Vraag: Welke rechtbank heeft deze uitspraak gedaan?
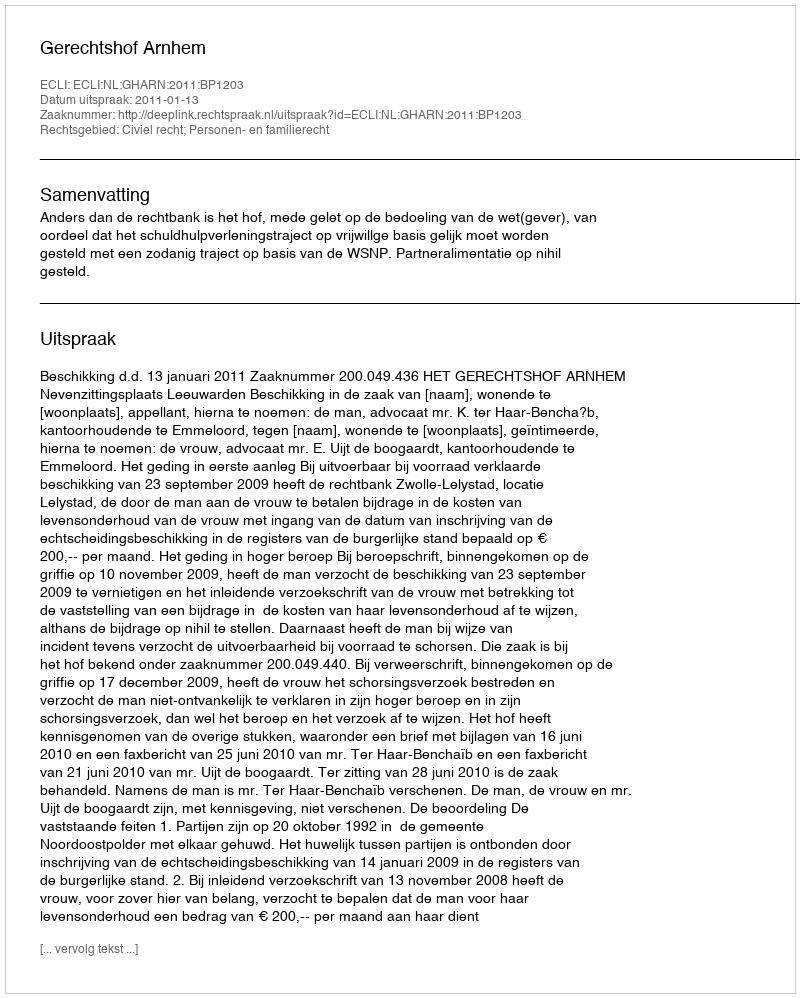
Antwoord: Gerechtshof Arnhem